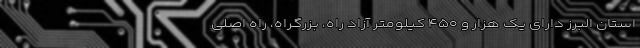
استان البرز دارای یک هزار و ۴۵۰ کیلومتر آزاد راه، بزرگراه، راه اصلی